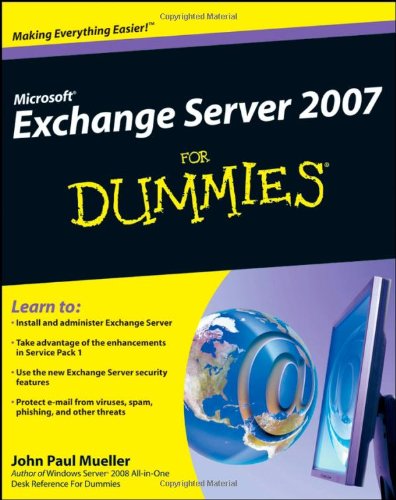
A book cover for Microsoft Exchange Server 2007 For Dummies; John Paul Mueller; Computers & Technology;